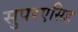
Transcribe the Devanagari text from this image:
सुपरएसिड